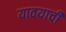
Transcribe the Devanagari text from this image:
यावयाची